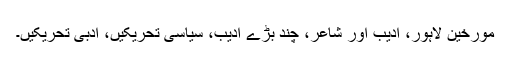
مورخین لاہور، ادیب اور شاعر، چند بڑے ادیب، سیاسی تحریکیں، ادبی تحریکیں۔